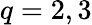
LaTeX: q=2,3